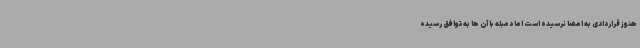
هنوز قراردادی به امضا نرسیده است اما دمبله با آن ها به توافق رسیده